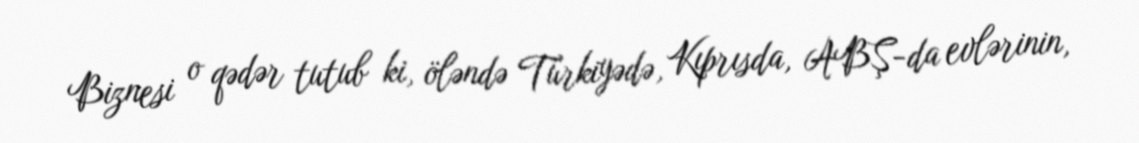
Biznesi o qədər tutub ki, öləndə Türkiyədə, Kıprısda, ABŞ-da evlərinin,